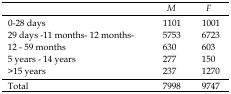
|  | M | F |
 | --- | --- | --- |
 | 0-28 days | 1101 | 1001 |
 | 29 days -11 months- 12 months- | 5753 | 6723 |
 | 12 - 59 months | 630 | 603 |
 | 5 years - 14 years | 277 | 150 |
 | >15 years | 237 | 1270 |